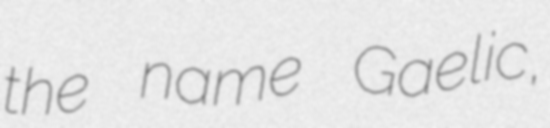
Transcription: the name Gaelic,